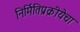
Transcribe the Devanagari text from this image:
निर्मितिप्रक्रीयेचा